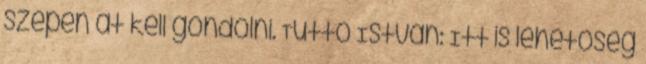
szépen át kell gondolni. Tüttő István: Itt is lehetőség